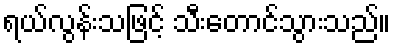
ရယ်လွန်းသဖြင့် သီးတောင်သွားသည်။